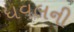
ધવલની